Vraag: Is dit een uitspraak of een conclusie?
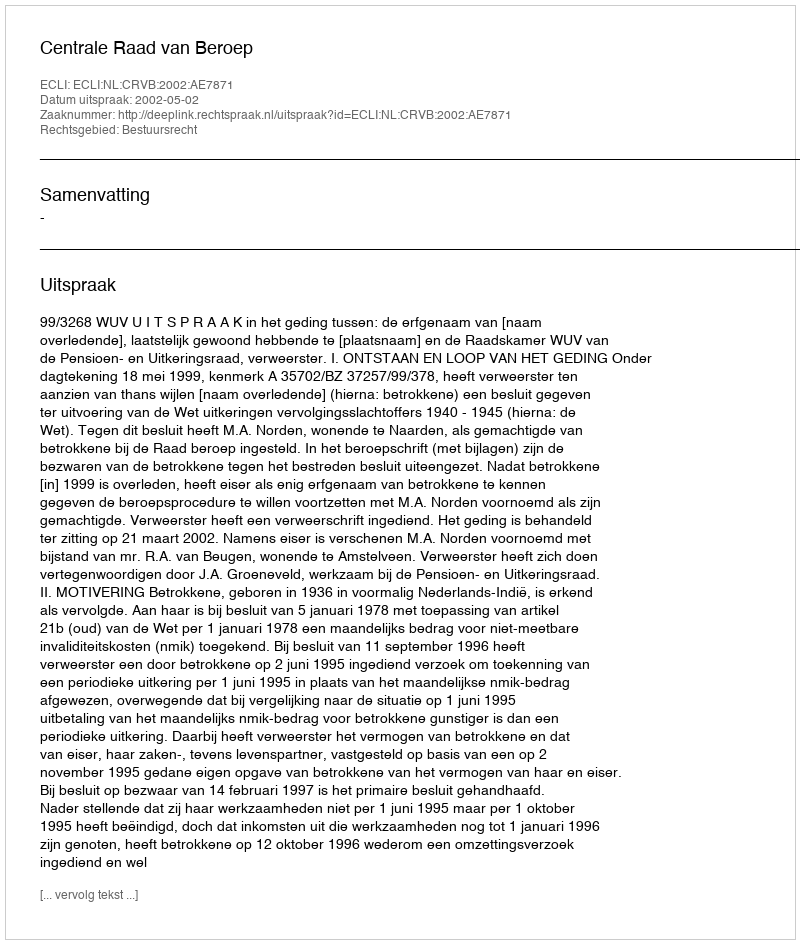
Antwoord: Uitspraak